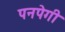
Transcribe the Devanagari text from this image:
पनपेगी